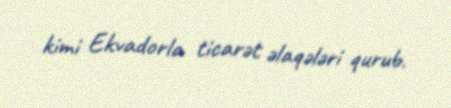
kimi Ekvadorla ticarət əlaqələri qurub.